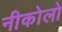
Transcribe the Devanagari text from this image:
नीकोलो